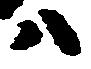
ハ